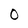
Character: O